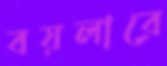
বয়লারে